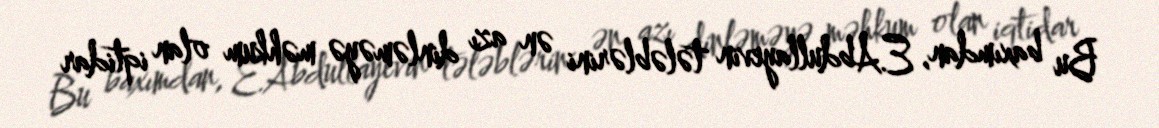
Bu baxımdan, E.Abdullayevin tələblərini ən azı dinləməyə məhkum olan iqtidar